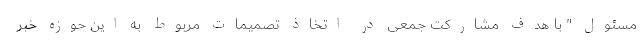
مسئول " با هدف مشارکت جمعی در اتخاذ تصمیمات مربوط به این حوزه خبر